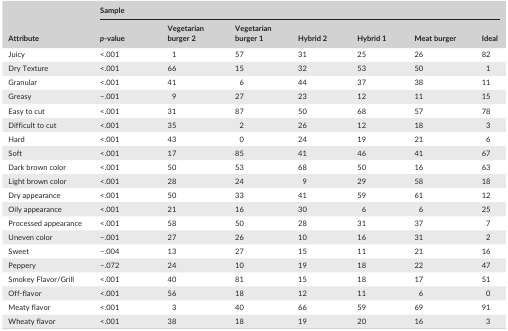
<table><thead><tr><td rowspan="2"><b>Attribute</b></td><td colspan="7"><b>Sample</b></td></tr><tr><td><b><i>p</i>‐value</b></td><td><b>Vegetarian burger 2</b></td><td><b>Vegetarian burger 1</b></td><td><b>Hybrid 2</b></td><td><b>Hybrid 1</b></td><td><b>Meat burger</b></td><td><b>Ideal</b></td></tr></thead><tbody><tr><td>Juicy</td><td>&lt;.001</td><td>1</td><td>57</td><td>31</td><td>25</td><td>26</td><td>82</td></tr><tr><td>Dry Texture</td><td>&lt;.001</td><td>66</td><td>15</td><td>32</td><td>53</td><td>50</td><td>1</td></tr><tr><td>Granular</td><td>&lt;.001</td><td>41</td><td>6</td><td>44</td><td>37</td><td>38</td><td>11</td></tr><tr><td>Greasy</td><td>−.001</td><td>9</td><td>27</td><td>23</td><td>12</td><td>11</td><td>15</td></tr><tr><td>Easy to cut</td><td>&lt;.001</td><td>31</td><td>87</td><td>50</td><td>68</td><td>57</td><td>78</td></tr><tr><td>Difficult to cut</td><td>&lt;.001</td><td>35</td><td>2</td><td>26</td><td>12</td><td>18</td><td>3</td></tr><tr><td>Hard</td><td>&lt;.001</td><td>43</td><td>0</td><td>24</td><td>19</td><td>21</td><td>6</td></tr><tr><td>Soft</td><td>&lt;.001</td><td>17</td><td>85</td><td>41</td><td>46</td><td>41</td><td>67</td></tr><tr><td>Dark brown color</td><td>&lt;.001</td><td>50</td><td>53</td><td>68</td><td>50</td><td>16</td><td>63</td></tr><tr><td>Light brown color</td><td>&lt;.001</td><td>28</td><td>24</td><td>9</td><td>29</td><td>58</td><td>18</td></tr><tr><td>Dry appearance</td><td>&lt;.001</td><td>50</td><td>33</td><td>41</td><td>59</td><td>61</td><td>12</td></tr><tr><td>Oily appearance</td><td>&lt;.001</td><td>21</td><td>16</td><td>30</td><td>6</td><td>6</td><td>25</td></tr><tr><td>Processed appearance</td><td>&lt;.001</td><td>58</td><td>50</td><td>28</td><td>31</td><td>37</td><td>7</td></tr><tr><td>Uneven color</td><td>−.001</td><td>27</td><td>26</td><td>10</td><td>16</td><td>31</td><td>2</td></tr><tr><td>Sweet</td><td>−.004</td><td>13</td><td>27</td><td>15</td><td>11</td><td>21</td><td>16</td></tr><tr><td>Peppery</td><td>−.072</td><td>24</td><td>10</td><td>19</td><td>18</td><td>22</td><td>47</td></tr><tr><td>Smokey Flavor/Grill</td><td>&lt;.001</td><td>40</td><td>81</td><td>15</td><td>18</td><td>17</td><td>51</td></tr><tr><td>Off‐flavor</td><td>&lt;.001</td><td>56</td><td>18</td><td>12</td><td>11</td><td>6</td><td>0</td></tr><tr><td>Meaty flavor</td><td>&lt;.001</td><td>3</td><td>40</td><td>66</td><td>59</td><td>69</td><td>91</td></tr><tr><td>Wheaty flavor</td><td>&lt;.001</td><td>38</td><td>18</td><td>19</td><td>20</td><td>16</td><td>3</td></tr></tbody></table>